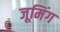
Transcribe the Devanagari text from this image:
जूमिंग